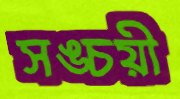
সঙ্চয়ী